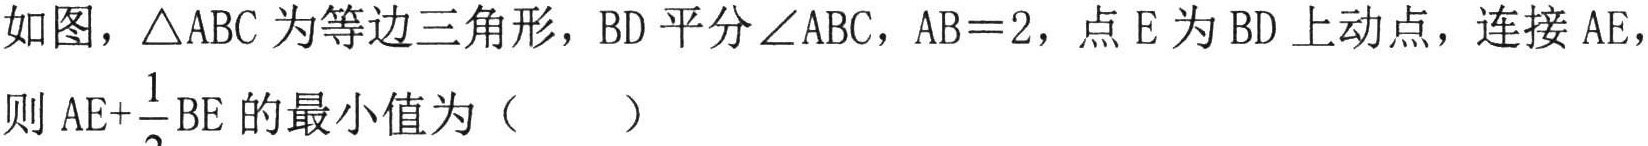
如图，\(\triangle ABC\)为等边三角形，\(BD\)平分\(\angle ABC\)，\(AB = 2\)，点\(E\)为\(BD\)上动点，连接\(AE\)，则\(AE+\frac{1}{2}BE\)的最小值为（  ）